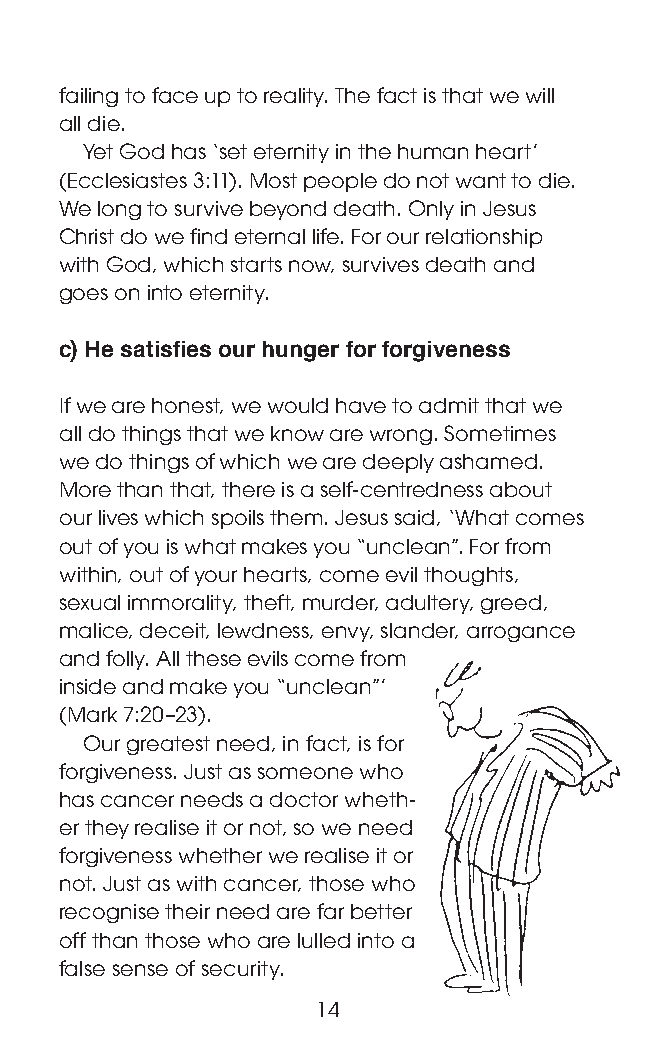
failing to face up to reality. The fact is that we will
 all die.
 Yet God has ‘set eternity in the human heart’
 (Ecclesiastes 3:11). Most people do not want to die.
 We long to survive beyond death. Only in Jesus
 Christ do we find eternal life. For our relationship
 with God, which starts now, survives death and
 goes on into eternity.
 c) He satisfies our hunger for forgiveness
 If we are honest, we would have to admit that we
 all do things that we know are wrong. Sometimes
 we do things of which we are deeply ashamed.
 More than that, there is a self-centredness about
 our lives which spoils them. Jesus said, ‘What comes
 out of you is what makes you “unclean”. For from
 within, out of your hearts, come evil thoughts,
 sexual immorality, theft, murder, adultery, greed,
 malice, deceit, lewdness, envy, slander, arrogance
 and folly. All these evils come from
 inside and make you “unclean”’
 (Mark 7:20–23).
 Our greatest need, in fact, is for
 forgiveness. Just as someone who
 has cancer needs a doctor wheth-
 er they realise it or not, so we need
 forgiveness whether we realise it or
 not. Just as with cancer, those who
 recognise their need are far better
 off than those who are lulled into a
 false sense of security.
 14